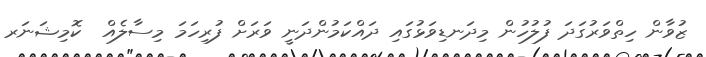
ޒުވާން ހިތްވަރުގަދަ ފުލުހުން މިދަނޑިވަޅުގައި ދައްކަމުންދަނީ ވަރަށް ފުރިހަމަ މިސާލެއް  ކޮމިޝަނަރ